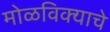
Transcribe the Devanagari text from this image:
मोळविक्याचे